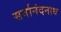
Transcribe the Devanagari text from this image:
सर्वानंदनाथ